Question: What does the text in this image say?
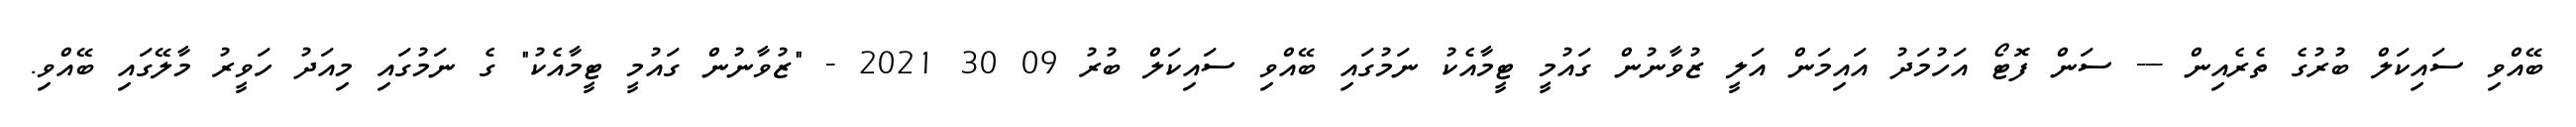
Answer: ބޭއްވި ސައިކަލް ބުރުގެ ތެރެއިން --- ސަން ފޮޓޯ އަހުމަދު އައިމަން އަލީ ޒުވާނުން ގައުމީ ޓީމާއެކު ނަމުގައި ބޭއްވި ސައިކަލް ބުރު 09 30 2021 - "ޒުވާނުން ގައުމީ ޓީމާއެކު" ގެ ނަމުގައި މިއަދު ހަވީރު މާލޭގައި ބޭއްވި.